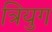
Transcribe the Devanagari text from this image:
त्रियुग